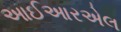
આઈઆરએલ